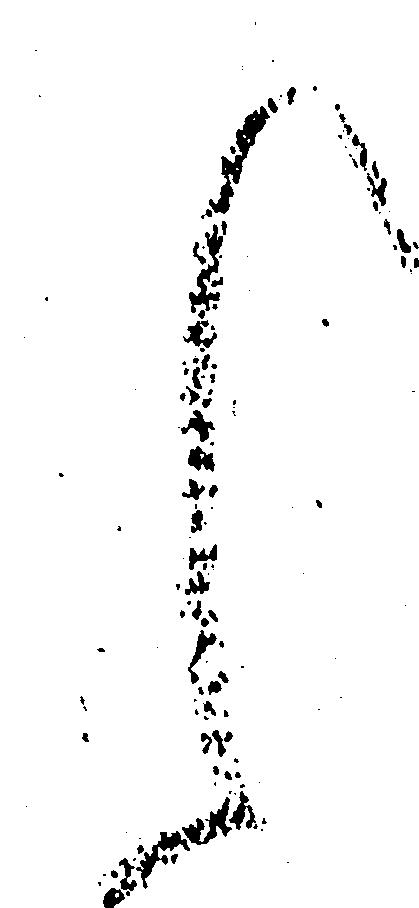
く